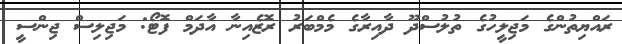
ރައްޔިތުންގެ މަޖިލީހުގެ ތުލުސްދޫ ދާއިރާގެ މެމްބަރު ރޮޒެއިނާ އާދަމް ފޮޓޯ: މަޖިލިސް ޖިންސީ